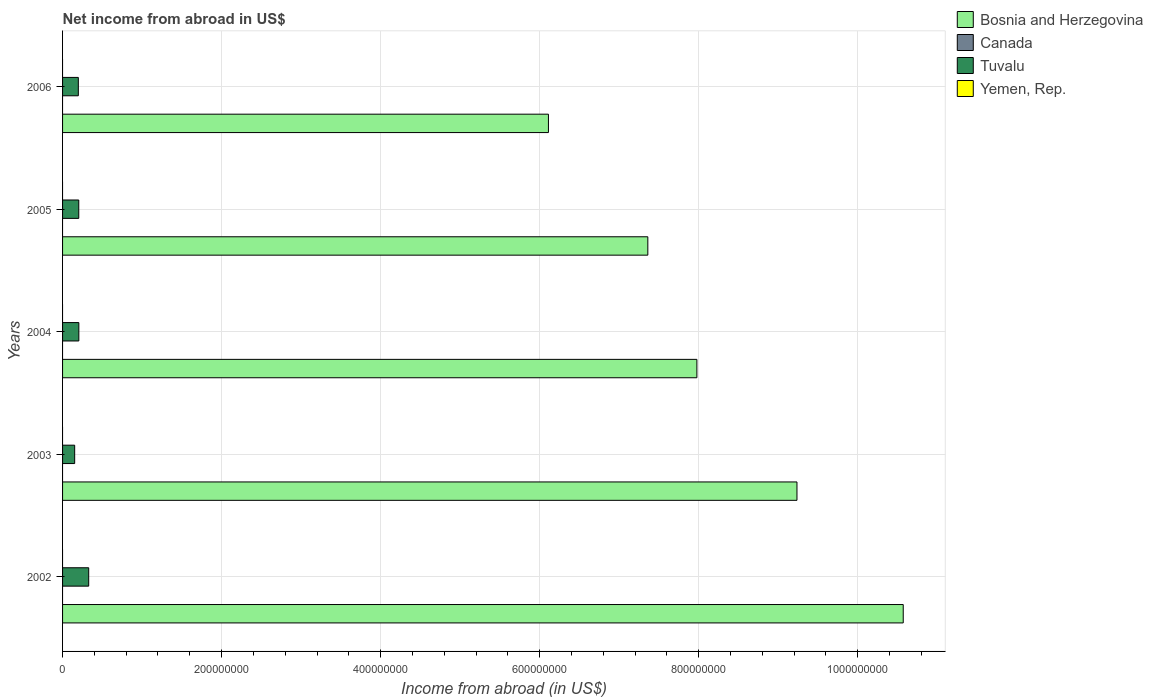
| Years | Bosnia and Herzegovina | Canada | Tuvalu | Yemen, Rep. |
 | --- | --- | --- | --- | --- |
 | 2002 | 1.06e+09 | -3.02e+10 | 3.29e+07 | -1.44e+11 |
 | 2003 | 9.24e+08 | -3.09e+10 | 1.52e+07 | -1.88e+11 |
 | 2004 | 7.98e+08 | -2.88e+10 | 2.05e+07 | -2.49e+11 |
 | 2005 | 7.36e+08 | -2.9e+10 | 2.04e+07 | -3.09e+11 |
 | 2006 | 6.11e+08 | -2.38e+10 | 1.98e+07 | -2.43e+11 |